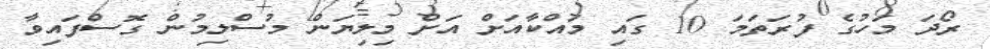
ރޯދަ މަހުގެ ފުރަތަމަ 10 ގައި މައްކާއަށް އަށް މިލިޔަން މުސްލިމުން ގޮސްފައިވާ